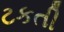
ટકતી